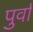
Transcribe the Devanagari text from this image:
पुर्वा